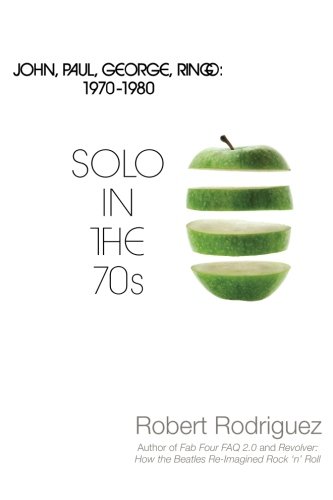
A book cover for Solo in the 70s: John, Paul, George, Ringo: 1970-1980; Robert Rodriguez; Humor & Entertainment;